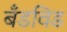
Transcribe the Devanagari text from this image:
बँडविड